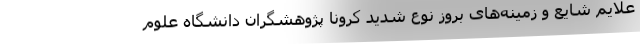
علایم شایع و زمینه‌های بروز نوع شدید کرونا پژوهشگران دانشگاه علوم